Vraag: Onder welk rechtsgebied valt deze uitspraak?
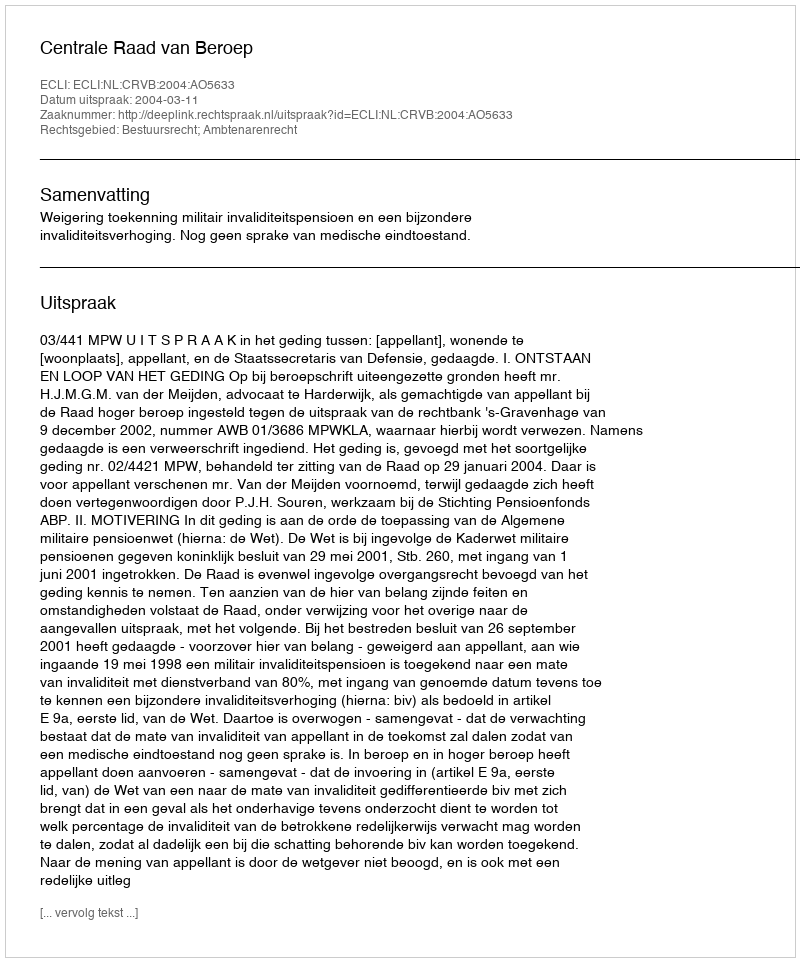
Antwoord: Bestuursrecht; Ambtenarenrecht